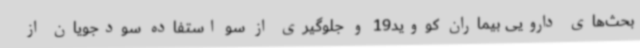
بحث‌های دارویی بیماران کووید19 و جلوگیری از سو استفاده سودجویان از